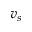
v _ { s }